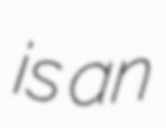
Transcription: is an